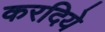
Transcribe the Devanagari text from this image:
करदिये